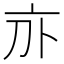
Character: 𠅄